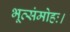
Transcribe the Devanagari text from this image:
भूत्संमोहः।